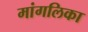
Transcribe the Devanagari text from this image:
मांगलिका